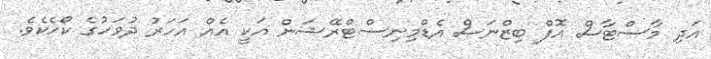
އަދި މާސްޓާސް އޮފް ބިޒްނަސް އެޑްމިނިސްޓްރޭޝަން އަކީ އެއް އަހަރު ދުވަހުގެ ކޯހެކެވެ.